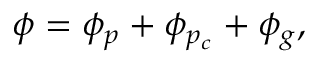
\phi = \phi _ { p } + \phi _ { p _ { c } } + \phi _ { g } ,